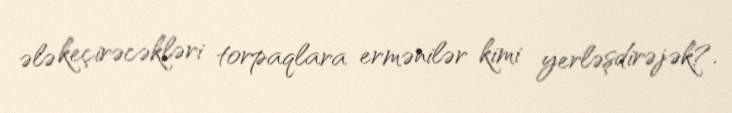
ələ keçirəcəkləri torpaqlara ermənilər kimi yerləşdirəjək?.